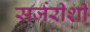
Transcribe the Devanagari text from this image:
सर्जरीशी